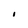
Character: I